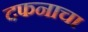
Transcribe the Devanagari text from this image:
दफनाचा